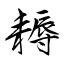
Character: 耨